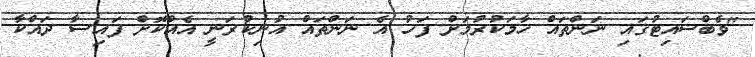
"ވެބްސައިޓުގައި ނަންތައް ހާމަކުރުމަށް ފަހު އެ ނަންތައް އުނިކުރަނީ އެއްކޮށް ފައިސާ ދައްކާ